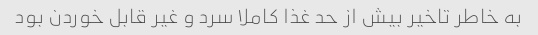
به خاطر تاخیر بیش از حد غذا کاملا سرد و غیر قابل خوردن بود